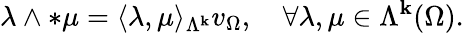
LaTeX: \lambda\wedge\ast\mu=\langle\lambda,\mu\rangle_{\Lambda^{\mathbf{k}}}v_{\Omega},\quad\forall\lambda,\mu\in\Lambda^{\mathbf{k}}(\Omega).